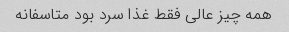
همه چیز عالی فقط غذا سرد بود متاسفانه